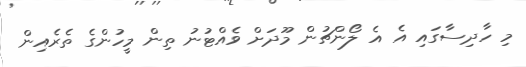
މި ހާދިސާގައި އެ އެ ލޯންޗުން މޫދަށް ވެއްޓުނު ތިން މީހުންގެ ތެރެއިން